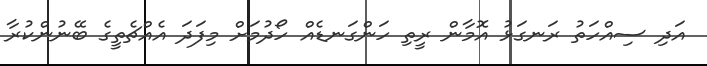
އަދި ސިއްހަތު ރަނގަޅު އޮމާން ރީތި ހަންގަނޑެއް ހޯދުމަށް މިފަދަ އެއްޗެތީގެ ބޭނުންކުރާ